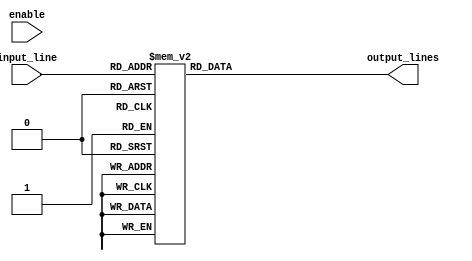
module demux_1to16 (
    input wire [3:0] input_line,
    input wire enable,
    output reg [15:0] output_lines
);

always @ (input_line or enable)
begin
    case(input_line)
        4'b0000: output_lines <= 16'b0000000000000001;
        4'b0001: output_lines <= 16'b0000000000000010;
        4'b0010: output_lines <= 16'b0000000000000100;
        4'b0011: output_lines <= 16'b0000000000001000;
        4'b0100: output_lines <= 16'b0000000000010000;
        4'b0101: output_lines <= 16'b0000000000100000;
        4'b0110: output_lines <= 16'b0000000001000000;
        4'b0111: output_lines <= 16'b0000000010000000;
        4'b1000: output_lines <= 16'b0000000100000000;
        4'b1001: output_lines <= 16'b0000001000000000;
        4'b1010: output_lines <= 16'b0000010000000000;
        4'b1011: output_lines <= 16'b0000100000000000;
        4'b1100: output_lines <= 16'b0001000000000000;
        4'b1101: output_lines <= 16'b0010000000000000;
        4'b1110: output_lines <= 16'b0100000000000000;
        4'b1111: output_lines <= 16'b1000000000000000;
        default: output_lines <= 16'b0000000000000000;
    endcase
end

endmodule